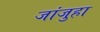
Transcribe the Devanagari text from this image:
जांजुहा